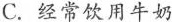
C.经常饮用牛奶